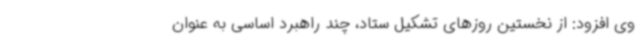
وی افزود: از نخستین روزهای تشکیل ستاد، چند راهبرد اساسی به عنوان